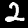
Label: 2